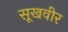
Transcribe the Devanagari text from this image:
सूखवीर